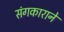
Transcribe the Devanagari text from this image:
संगकाराने